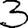
Digit: 3